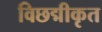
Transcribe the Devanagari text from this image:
विछद्मीकृत